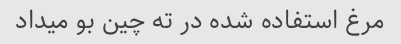
مرغ استفاده شده در ته چین بو میداد